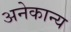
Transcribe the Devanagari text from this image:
अनेकान्य